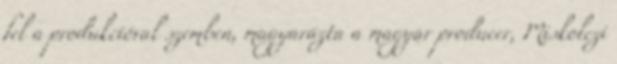
fel a produkcióval szemben, magyarázta a magyar producer, Miskolczi